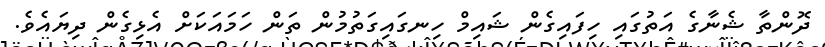
ދޮންތާ ޝެނާގެ އަތުގައި ހިފައިގެން ޝައިމް ހިނގައިގަތުމުން ތަން ހަމައަކަށް އެޅިގެން ދިޔައެވެ.